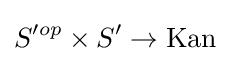
S'^{op}\times S'\to \mathrm {Kan}